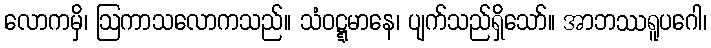
လောကမှိ၊ ဩကာသလောကသည်။ သံဝဋ္ဋမာနေ၊ ပျက်သည်ရှိသော်။ အာဘဿရူပဂေါ၊